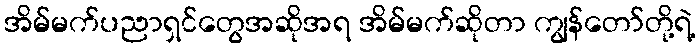
အိမ်မက်ပညာရှင်တွေအဆိုအရ အိမ်မက်ဆိုတာ ကျွန်တော်တို့ရဲ့